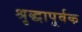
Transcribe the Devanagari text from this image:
श्रृद्धापूर्वक